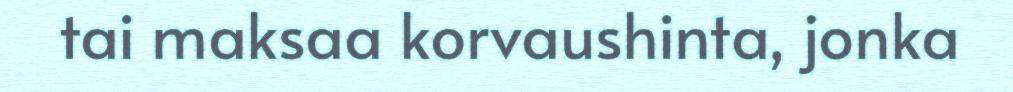
tai maksaa korvaushinta, jonka